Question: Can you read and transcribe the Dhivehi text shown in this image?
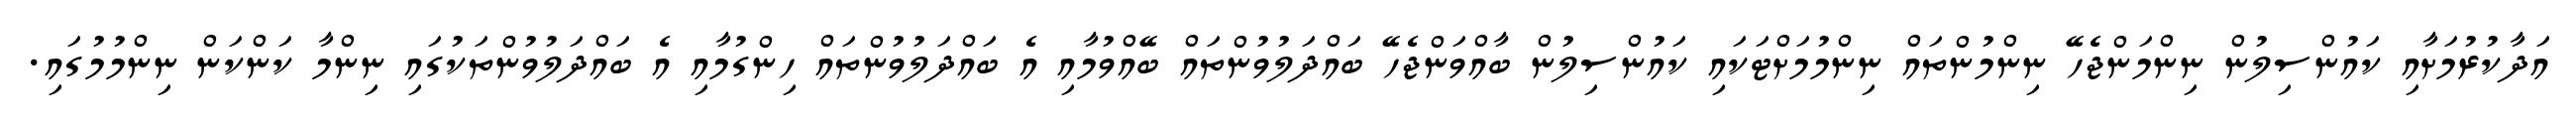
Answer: އަދާކުރުމަށާއި ކައުންސިލުން ނިންމަންޖެހޭ ނިންމުންތައް ނިންމުމަށްޓަކައި ކައުންސިލުން ބާއްވަންޖެހޭ ބައްދަލުވުންތައް ބޭއްވުމާއި އެ ބައްދަލުވުންތައް ހިންގުމާއި އެ ބައްދަލުވުންތަކުގައި ނިންމާ ކަންކަން ނިންމުމުގައި.